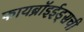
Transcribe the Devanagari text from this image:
फायब्रॉइईड्‌सची